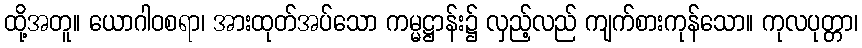
ထို့အတူ။ ယောဂါဝစရာ၊ အားထုတ်အပ်သော ကမ္မဋ္ဌာန်း၌ လှည့်လည် ကျက်စားကုန်သော။ ကုလပုတ္တာ၊